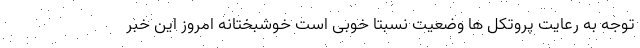
توجه به رعایت پروتکل ها وضعیت نسبتا خوبی است خوشبختانه امروز این خبر